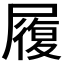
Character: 履